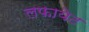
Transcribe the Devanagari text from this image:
लफायेट